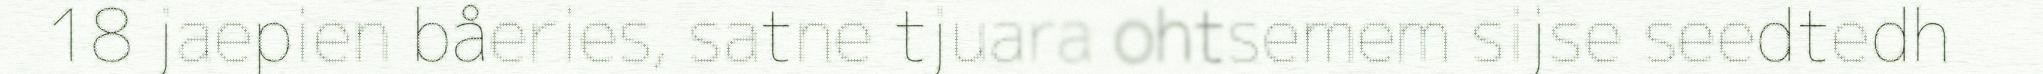
18 jaepien båeries, satne tjuara ohtsemem sijse seedtedh